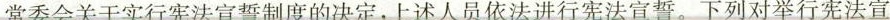
常委会关于实行宪法宣誓制度的决定，上述人员依法进行宪法宣